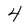
Character: 4